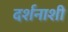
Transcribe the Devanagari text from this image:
दर्शनाशी